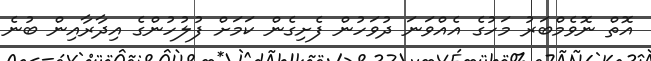
އޮތް ނޮވެމްބަރު މަހުގެ އެއްވަނަ ދުވަހުން ފެށިގެން ކަމަށް ފުލުހުންގެ އިދާރާއިން ބުނެ